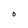
Character: O